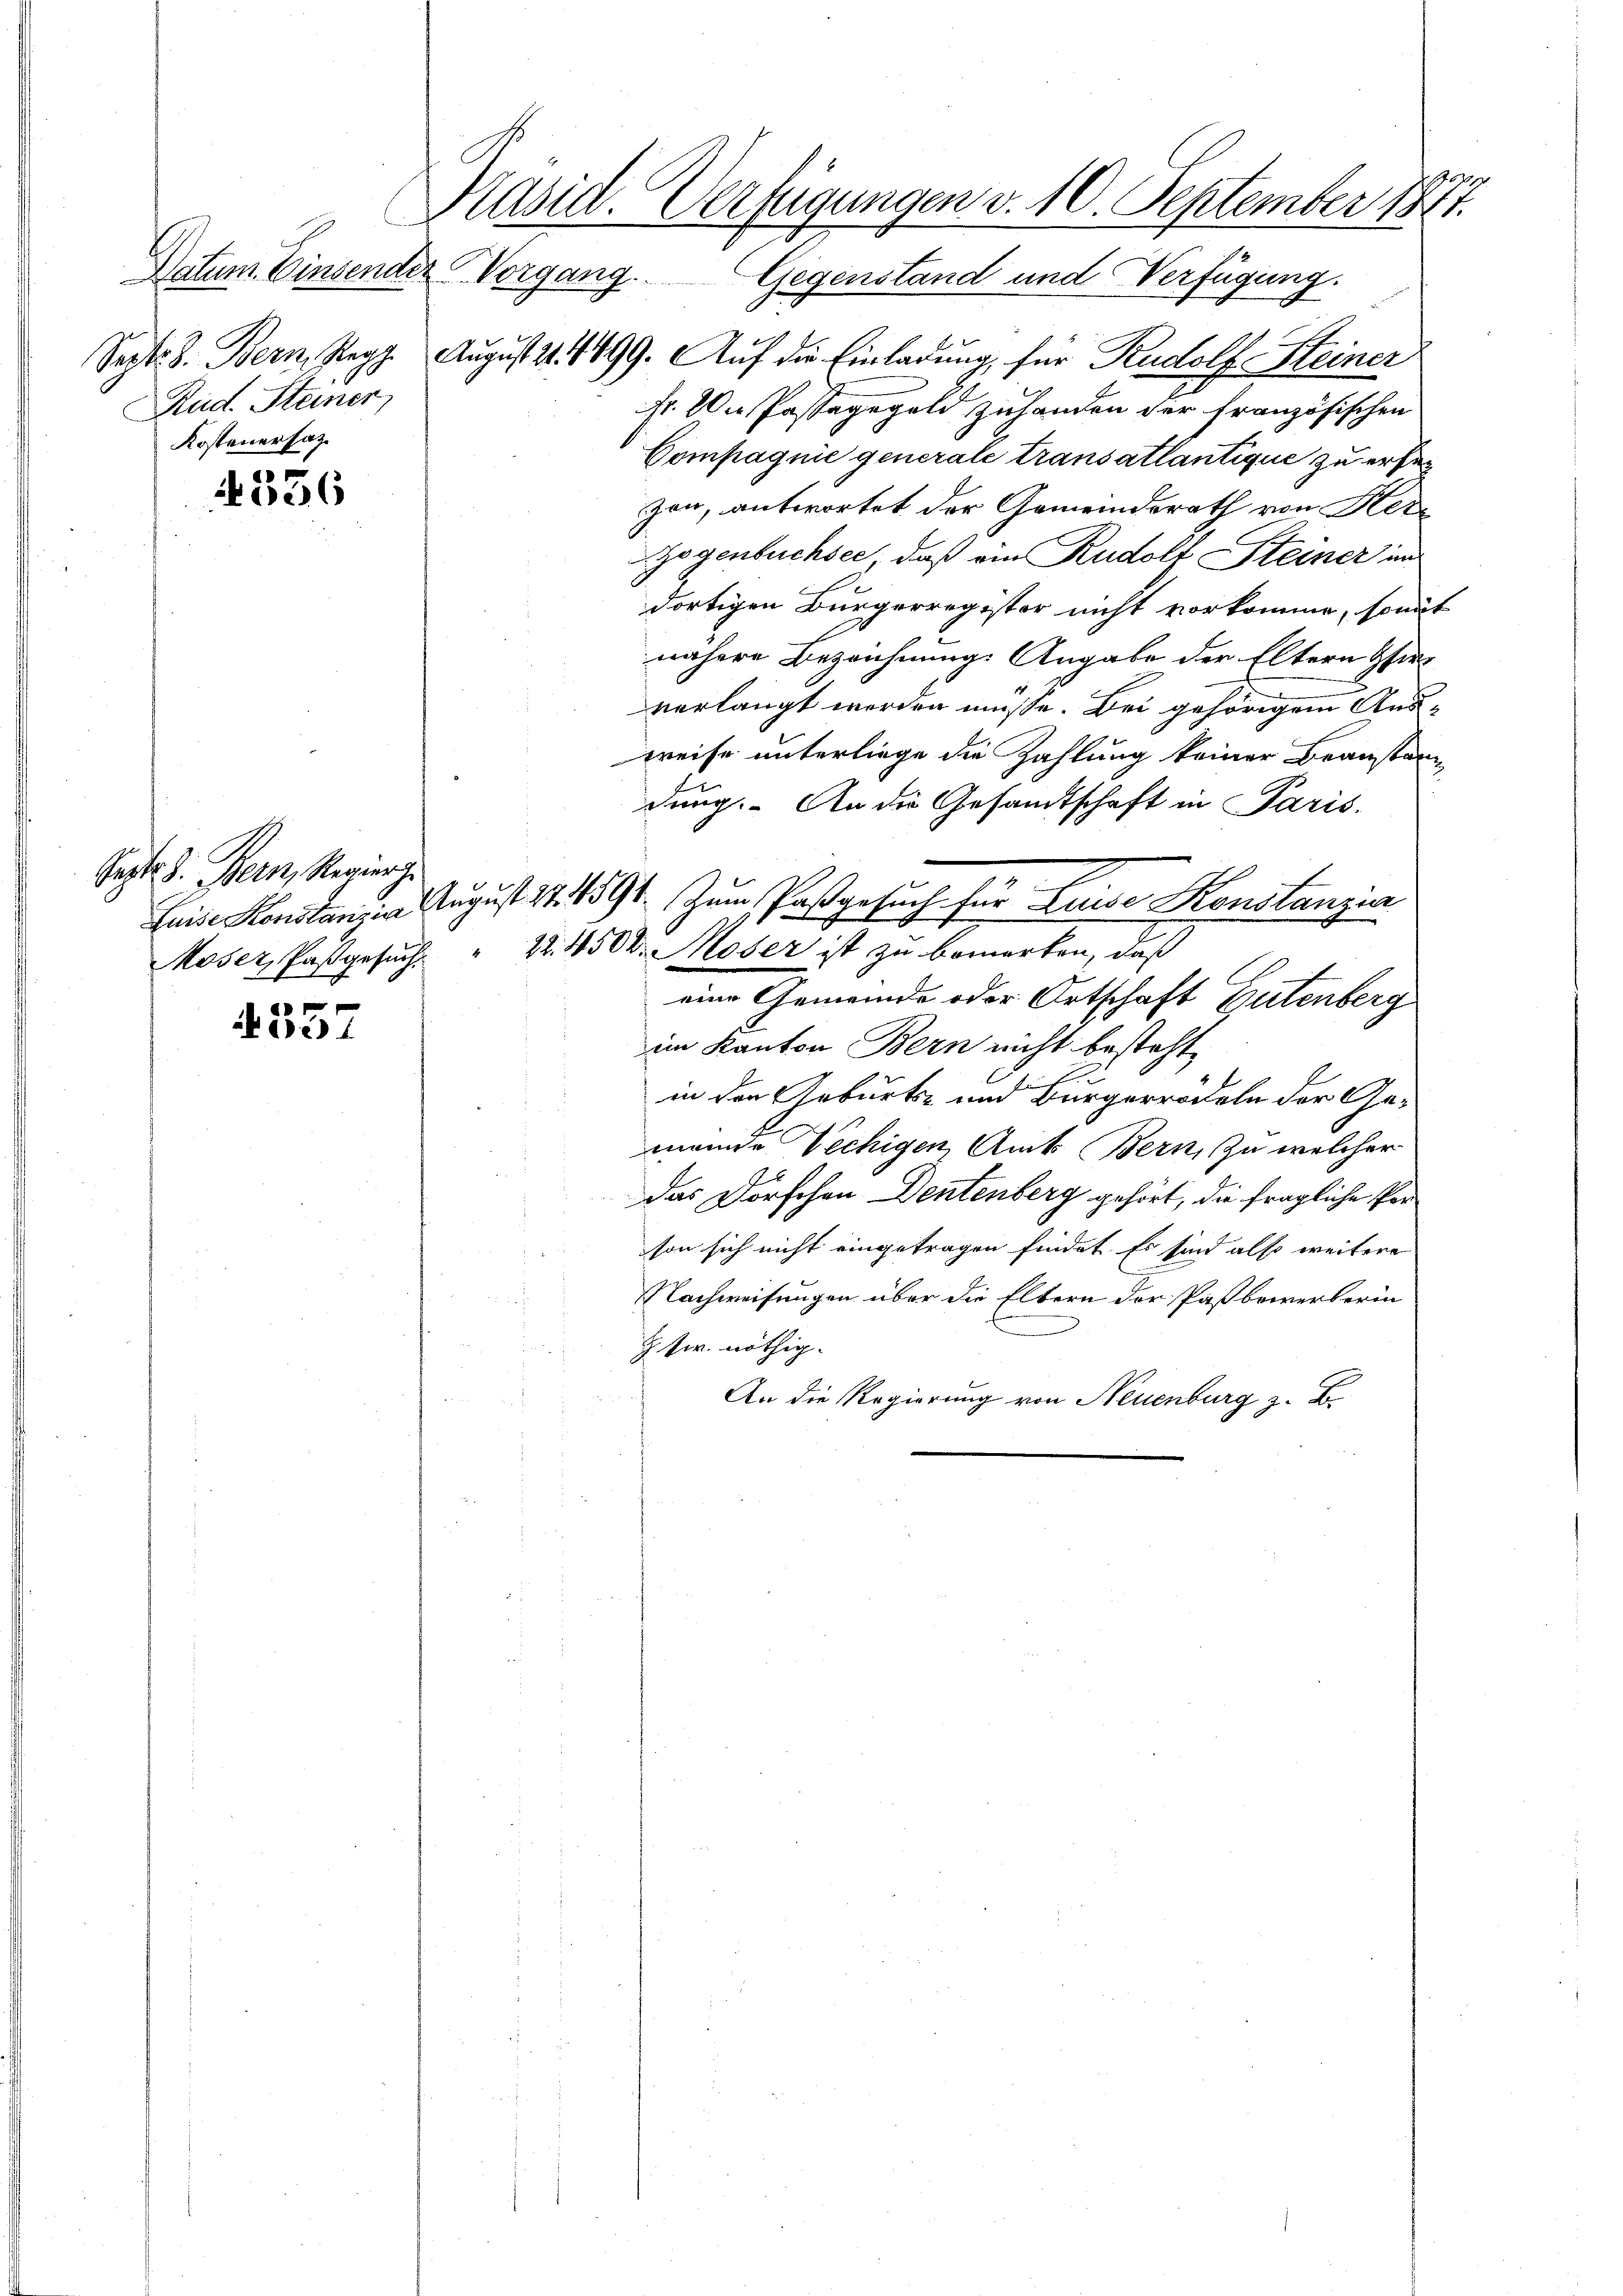
Rud. Steiner
Kostenersatz.

4336

e)

Sept. d. Bern, Regier
Moser, Pasgesuch.

Präsid. Verfügungen v. 10. September 1877.
Notum. Einsender Vorgang. Gegenstand und Verfügung.

Sept. 8. Bern, Reg. August 211499. Auf die Einladung, für Rudolf Heiner
st. Die Passagegeld zuhanden der französischen
Compagnie generale transatlantique zu erferzen, antwortet der Gemeindsrath von Her¬
Gogenbuchsee, daß ein Rudolf Steiner im
dortigen Bürgerregister nicht vorkomme, somit
nähere Bezeichnung Angabe der Eltern Hir
verlangt werden müsse. Bei gehörigem Ausweise unterliege die Zahlung keiner Beanstandung. An die Gesandtschaft in Paris.
Leide Konstan, in August 27. 1891 zum Paßgesuch für Luise Konstanzia
22. 4500. Moser ist zu bemerken, daß
eine Gemeinde oder Ortschaft Gutenberg
im Kanton Bern nicht besteht,
in den Geburts- und Bürgerrödeln der Gemeinde Vechigen Amts Bern, zu welcher
Das Dorschon Dentenberg gehört, die fragliche Person sich nicht eingetragen findet. Es sind also weitere
Nachweisungen über die Eltern der Paßbewerberin
Z sr. nöthig.
An die Regierung von Neuenburg z. B